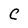
Character: C